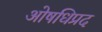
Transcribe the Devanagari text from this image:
ओषधिप्रद